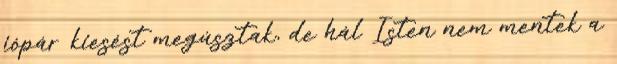
jópár kiesést megúsztak, de hál Isten nem mentek a